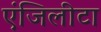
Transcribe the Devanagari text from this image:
एंजिलीटा